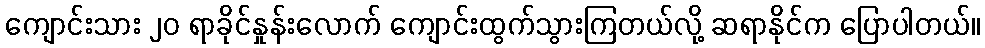
ကျောင်းသား ၂၀ ရာခိုင်နှုန်းလောက် ကျောင်းထွက်သွားကြတယ်လို့ ဆရာနိုင်က ပြောပါတယ်။